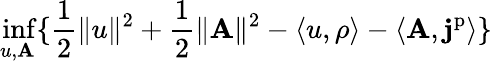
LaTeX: \operatorname*{inf}_{u,\mathbf{A}}\{ \frac{1}{2}\| u\| ^{2}+\frac{1}{2}\| \mathbf{A}\| ^{2}-\langle u,\rho\rangle-\langle\mathbf{A},\mathbf{j}^{\mathrm{p}}\rangle\}